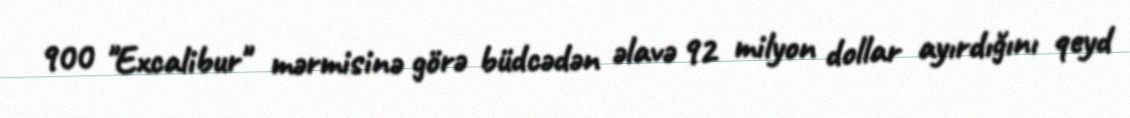
900 "Excalibur" mərmisinə görə büdcədən əlavə 92 milyon dollar ayırdığını qeyd